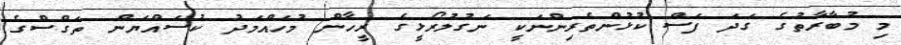
މި މުބާރާތުގެ ގަދަ ފަސް ކުޅުންތެރިންނަކީ ނަގުލުރޯޅީގެ ރީހާން މުހައްމަދު ކުސައްޔަން ތަގްސްގެ